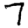
Digit: 7